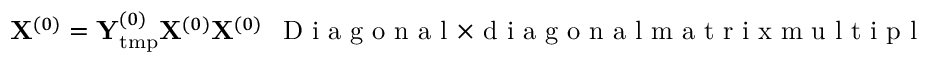
{ \bf X } ^ { ( 0 ) } = { \bf Y } _ { \mathrm { t m p } } ^ { ( 0 ) } { \bf X } ^ { ( 0 ) } { \bf X } ^ { ( 0 ) } ~ ~ \mathrm { ~ D ~ i ~ a ~ g ~ o ~ n ~ a ~ l ~ } \times \mathrm { ~ d ~ i ~ a ~ g ~ o ~ n ~ a ~ l ~ m ~ a ~ t ~ r ~ i ~ x ~ m ~ u ~ l ~ t ~ i ~ p ~ l ~ i ~ c ~ a ~ t ~ i ~ o ~ n ~ s ~ }